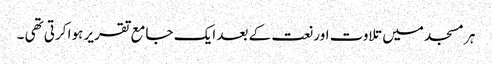
ہر مسجد میں تلاوت اور نعت کے بعد ایک جامع تقریر ہوا کرتی تھی ۔